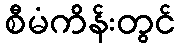
စီမံကိန်းတွင်